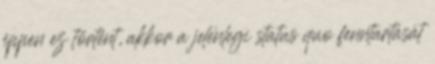
éppen ez történt, akkor a jelenlegi status quo fenntartását